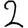
Digit: 2